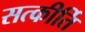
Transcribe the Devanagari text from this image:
सत्कीर्ति